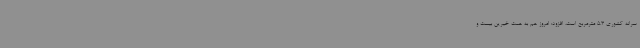
سرانه کشوری 5.3 مترمربع است، افزود: امروز هم به همت خیرین بیست و